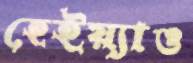
হেইয়্যাও